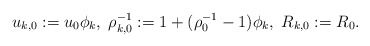
\begin{align*}u_{k,0}:=u_0\phi_k,\;\rho_{k,0}^{-1}:=1+(\rho_0^{-1}-1)\phi_k,\; R_{k,0}:=R_0.\end{align*}